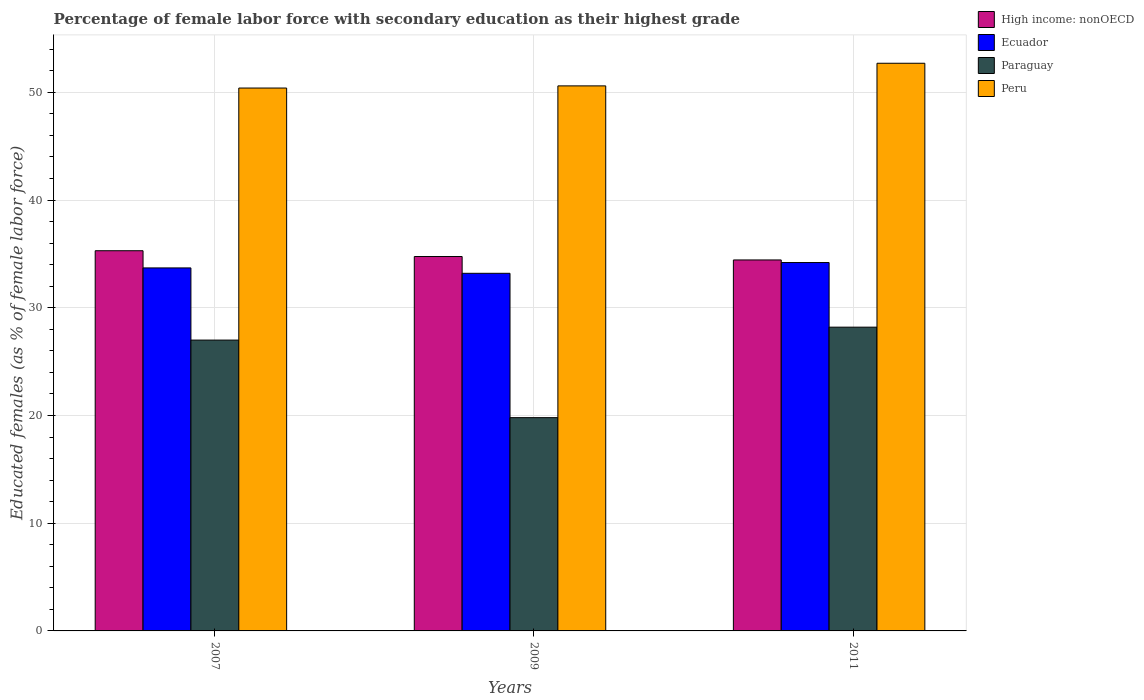
| Years | High income: nonOECD | Ecuador | Paraguay | Peru |
 | --- | --- | --- | --- | --- |
 | 2007 | 35.3 | 33.7 | 27 | 50.4 |
 | 2009 | 34.8 | 33.2 | 19.8 | 50.6 |
 | 2011 | 34.4 | 34.2 | 28.2 | 52.7 |